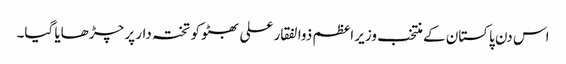
اس دن پاکستان کے منتخب وزیر اعظم ذوالفقار علی بھٹو کو تختہ دار پر چڑھایا گیا۔